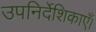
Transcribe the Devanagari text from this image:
उपनिर्देशिकाएँ।